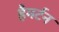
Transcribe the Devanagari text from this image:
हैमर्टन